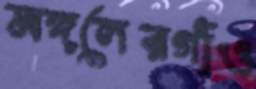
মঙ্গলেরগাঁও